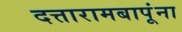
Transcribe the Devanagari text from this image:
दत्तारामबापूंना